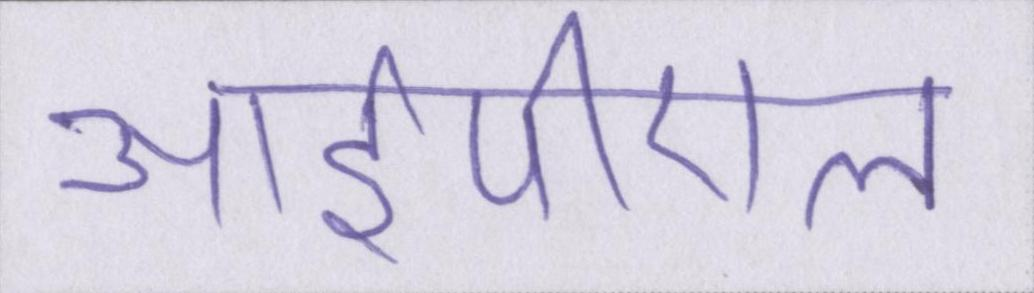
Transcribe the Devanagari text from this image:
आईपीएल